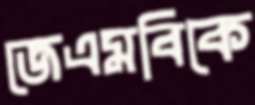
জেএমবিকে